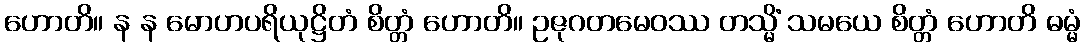
ဟောတိ။ န န မောဟပရိယုဋ္ဌိတံ စိတ္တံ ဟောတိ။ ဥဇုဂတမေဝဿ တသ္မိံ သမယေ စိတ္တံ ဟောတိ ဓမ္မံ